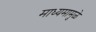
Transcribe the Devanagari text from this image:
माध्यमामुळे